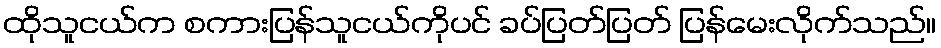
ထိုသူငယ်က စကားပြန်သူငယ်ကိုပင် ခပ်ပြတ်ပြတ် ပြန်မေးလိုက်သည်။